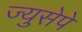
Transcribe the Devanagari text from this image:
ज्युसेपे